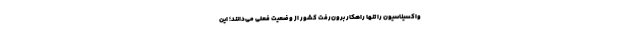
واکسیناسیون را تنها راهکار برون‌رفت کشور از وضعیت فعلی می‌دانند؛ این